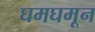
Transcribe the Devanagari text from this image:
घमघमून